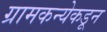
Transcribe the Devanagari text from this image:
ग्रामकन्येकडून